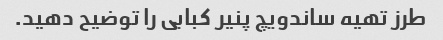
طرز تهیه ساندویچ پنیر کبابی را توضیح دهید.